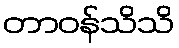
တာဝန်သိသိ